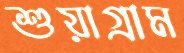
শুয়াগ্রাম